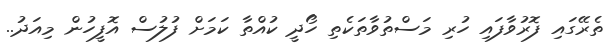
ތެރޭގައި ފޮރުވާފައި ހުރި މަސްތުވާތަކެތި ހޯދީ ކުއްތާ ކަމަށް ފުލުސް އޮފީހުން މިއަދު..